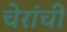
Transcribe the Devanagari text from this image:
चेरांची